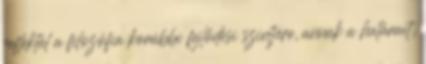
reflektál a filozófia korábbi fejlődési szintjére, annak a határait,